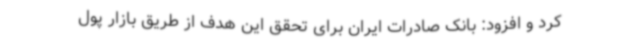
کرد و افزود: بانک صادرات ایران برای تحقق این هدف از طریق بازار پول